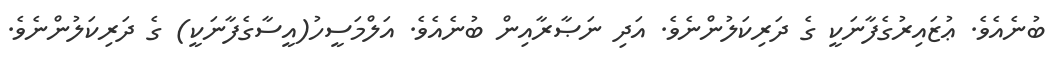
ބުނެއެވެ. ޢުޒައިރުގެފާނަކީ ގެ ދަރިކަލުންނެވެ. އަދި ނަޞާރާއިން ބުނެއެވެ. އަލްމަސީހު(އީސާގެފާނަކީ) ގެ ދަރިކަލުންނެވެ.